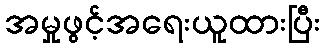
အမှုဖွင့်အရေးယူထားပြီး